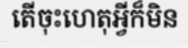
តើចុះហេតុអ្វីក៏មិន